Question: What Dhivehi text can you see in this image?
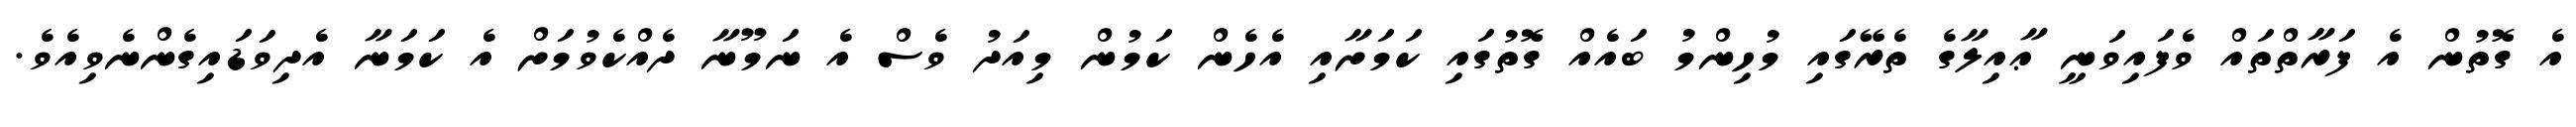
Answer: އެ ގޮތުން އެ ފަރާތްތައް ވެފައިވަނީ ޢާއިލާގެ ތެރޭގައި މުހިންމު ބައެއް ގޮތުގައި ކަމަށާއި އެހެން ކަމުން މިއަދު ވެސް އެ ނަމޫނާ ދެއްކެވުމަށް އެ ކަމަނާ އެދިވަޑައިގެންނެވިއެވެ.